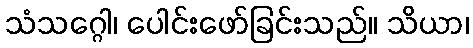
သံသဂ္ဂေါ၊ ပေါင်းဖော်ခြင်းသည်။ သိယာ၊